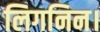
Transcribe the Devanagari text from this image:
लिगनिन।